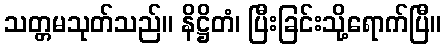
သတ္တမသုတ်သည်။ နိဋ္ဌိတံ၊ ပြီးခြင်းသို့ရောက်ပြီ။